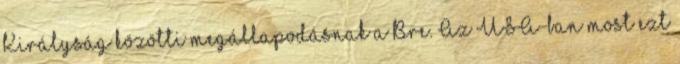
Királyság közötti megállapodásnak a Bre. Az USA-ban most ezt